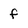
Character: f